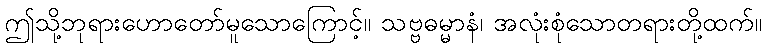
ဤသို့ဘုရားဟောတော်မူသောကြောင့်။ သဗ္ဗဓမ္မာနံ၊ အလုံးစုံသောတရားတို့ထက်။